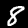
Label: 8